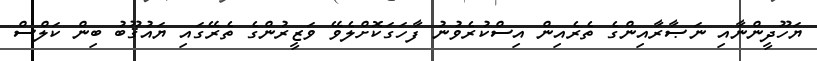
ޔަހޫދީންނާއި ނަޞާރާއިންގެ ތެރެއިން އިސްކުރެވުނު ފާހަގަކޮށްލެވޭ ވަޒީރުންގެ ތެރޭގައި ޔައުޤޫބު ބިން ކަލްސް